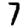
Digit: 7